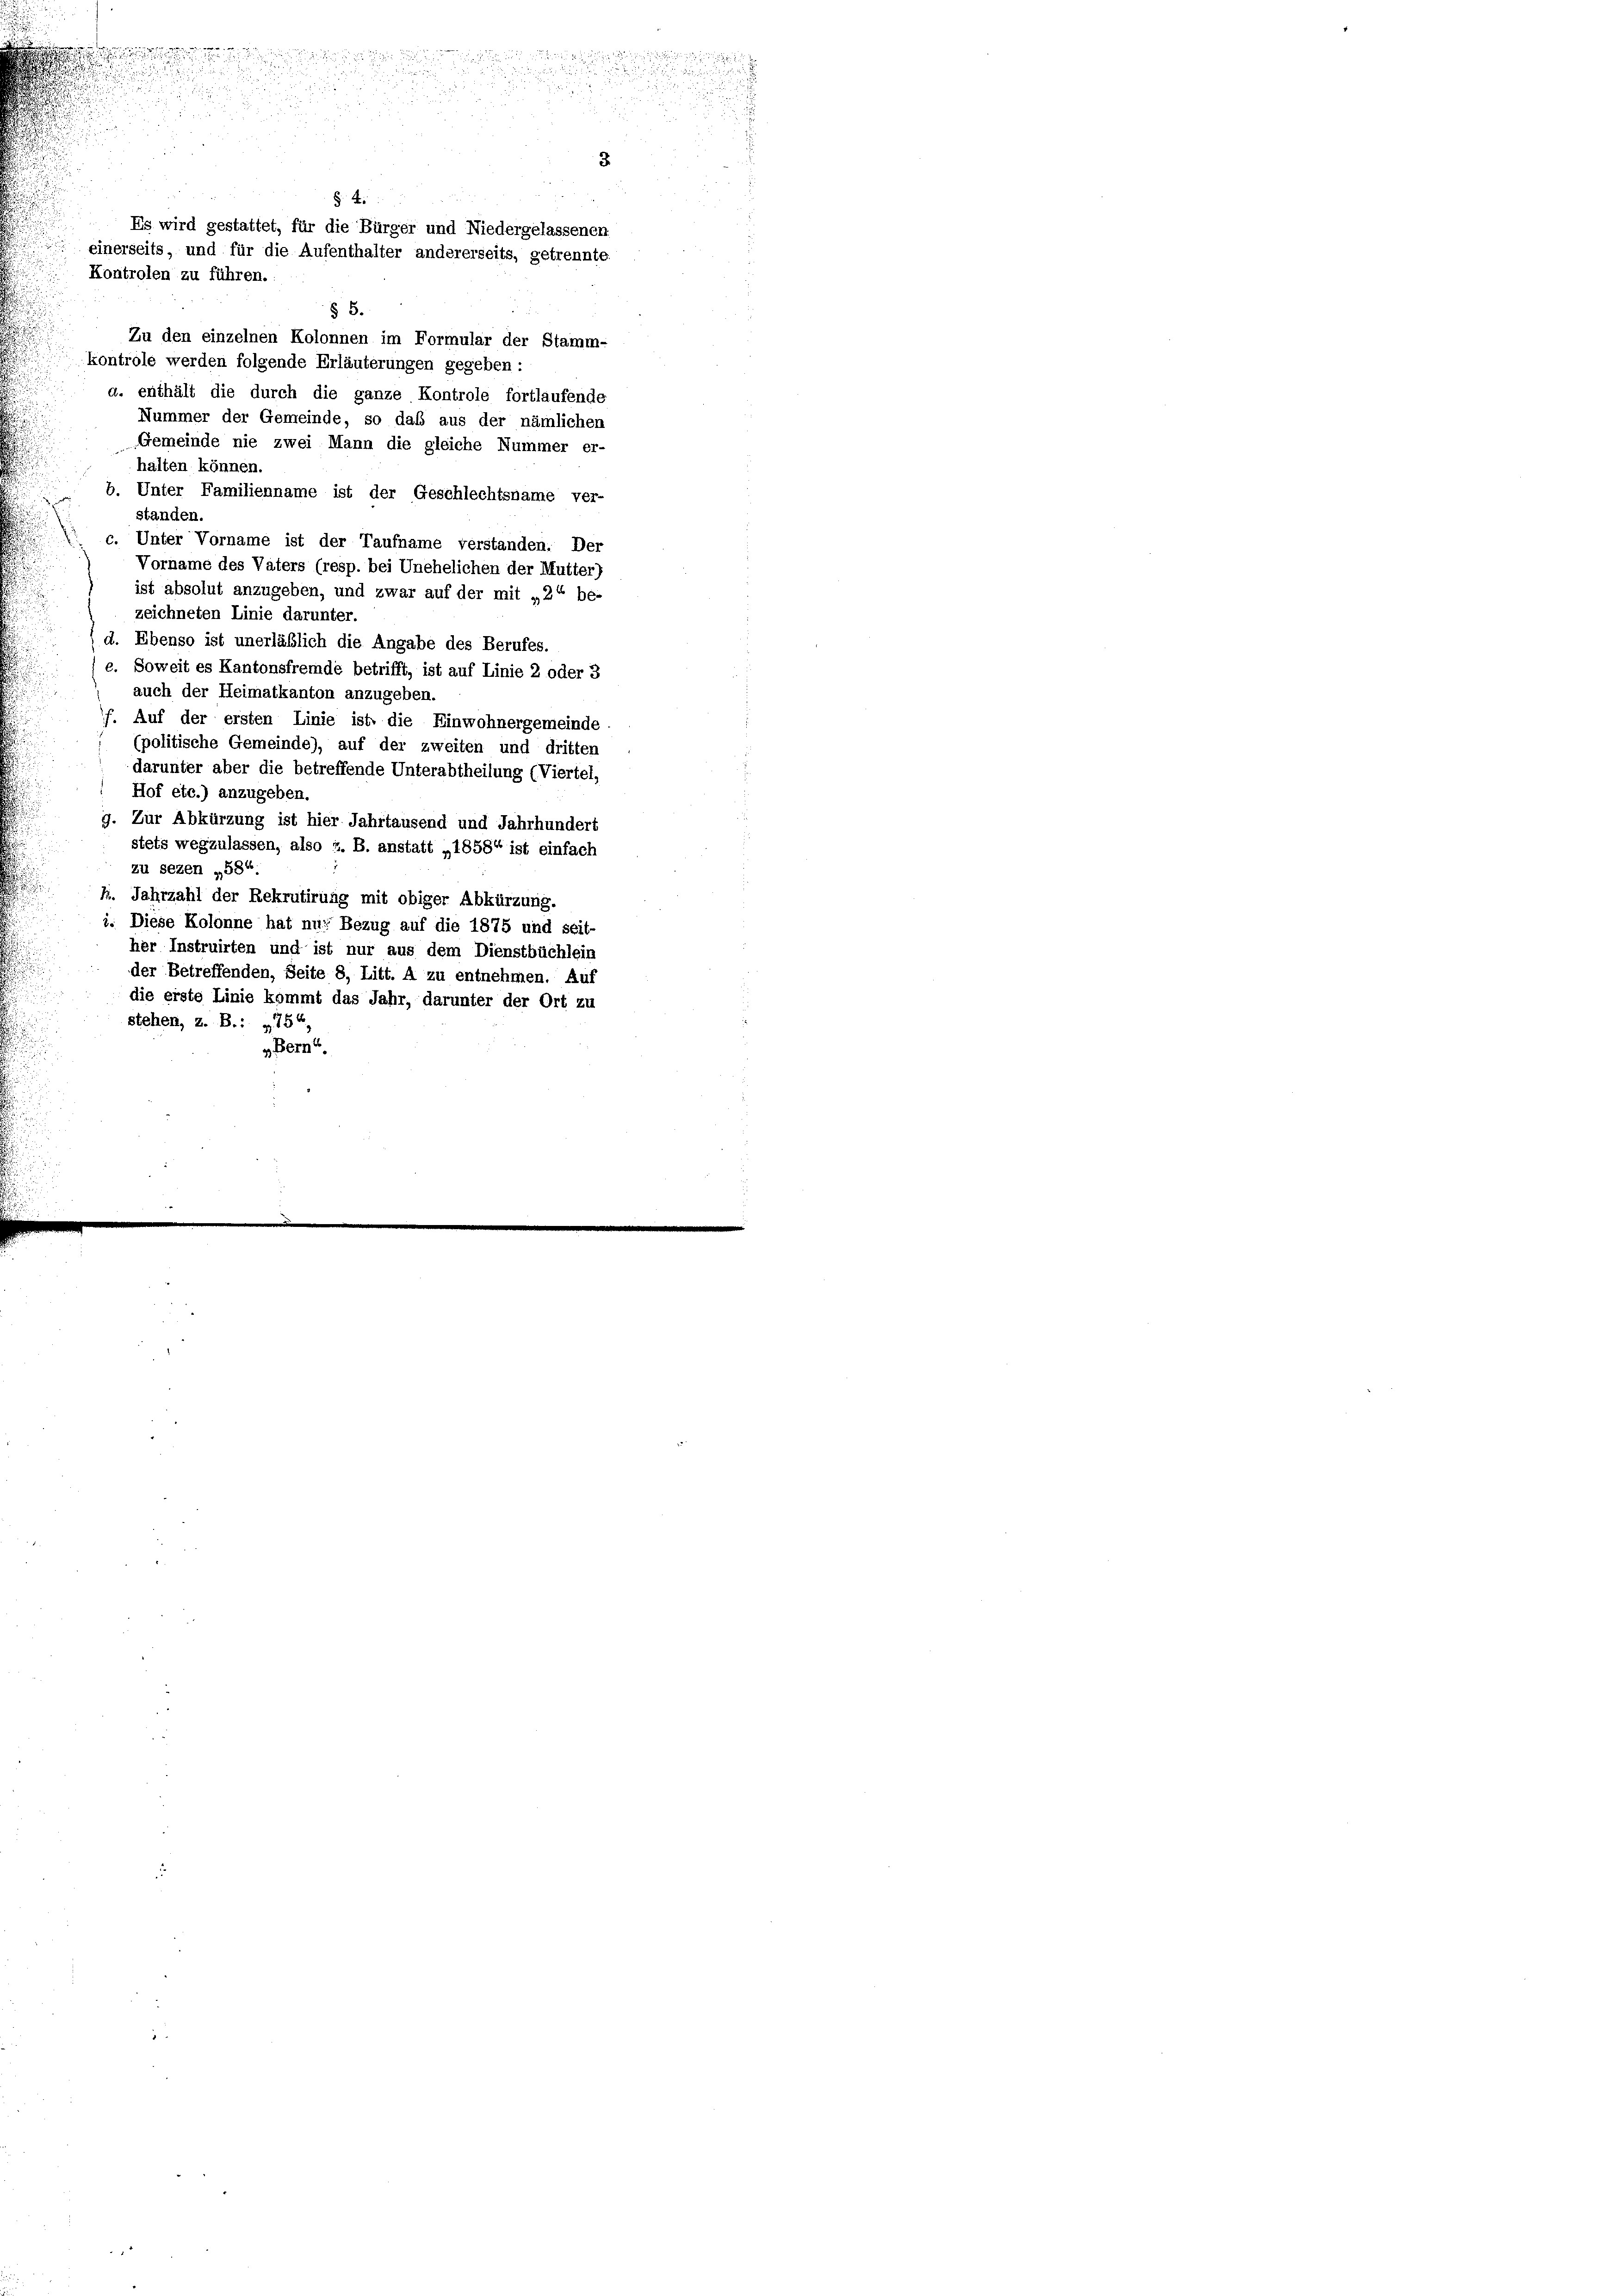
halten können.
standen.
zeichneten Linie darunter.
Hof etc.) anzugeben.
zu sezen „584
stehen, z. B.: „754,
» Bern

3
§. 4.
Es wird gestattet, für die Bürger und Niedergelassenen
einerseits, und für die Aufenthalter andererseits, getrennte.
Kontrolen zu führen.

§ 5.
Zu den einzelnen Kolonnen im Formular der Stamm-
kontrole werden folgende Erläuterungen gegeben:
a. enthält die durch die ganze Kontrole fortlaufende
Nummer der Gemeinde, so daß aus der nämlichen
Gemeinde nie zwei Mann die gleiche Nummer er-
b. Unter Familienname ist der Geschlechtsname ver-
Unter Vorname ist der Taufname verstanden. Der
Vorname des Vaters (resp. bei Unehelichen der Mutter)
ist absolut anzugeben, und zwar auf der mit „2“ be-
 d. Ebenso ist unerläßlich die Angabe des Berufes.
e. Soweit es Kantonsfremde betrifft, ist auf Linie 2 oder 3
auch der Heimatkanton anzugeben.
f. Auf der ersten Linie ist die Einwohnergemeinde
(politische Gemeinde), auf der zweiten und dritten
darunter aber die betreffende Unterabtheilung (Viertel,
g. Zur Abkürzung ist hier Jahrtausend und Jahrhundert
stets wegzulassen, also z. B. anstatt „1858“ ist einfach
h. Jahrzahl der Rekrutirung mit obiger Abkürzung.
i. Diese Kolonne hat nur Bezug auf die 1875 und seit-
her Instruirten und ist nur aus dem Dienstbüchlein
der Betreffenden, Seite 8, Litt. A zu entnehmen. Auf
die erste Linie kommt das Jahr, darunter der Ort zu